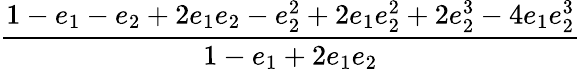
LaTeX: \displaystyle\frac{1-e_{1}-e_{2}+2e_{1}e_{2}-e_{2}^{2}+2e_{1}e_{2}^{2}+2e_{2}^{3}-4e_{1}e_{2}^{3}}{1-e_{1}+2e_{1}e_{2}}